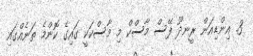
3. އިންޑިއަން ރީނދޫ ފޭސް މާސްކް މި މާސްކަކީ ގައިގެ ކޮންމެ ތަނެއްގައި